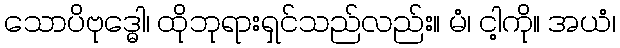
သောပိဗုဒ္ဓေါ၊ ထိုဘုရားရှင်သည်လည်း။ မံ၊ ငါ့ကို။ အယံ၊